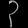
Digit: ၃